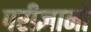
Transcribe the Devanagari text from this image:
परीज्ञानों